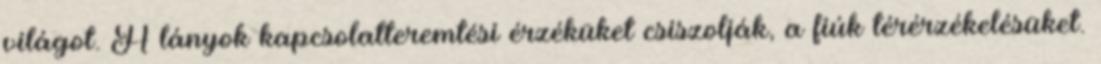
világot. A lányok kapcsolatteremtési érzéküket csiszolják, a fiúk térérzékelésüket.